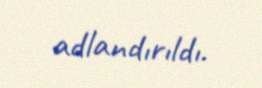
adlandırıldı.